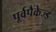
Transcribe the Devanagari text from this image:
पूर्वपैकेज्ड